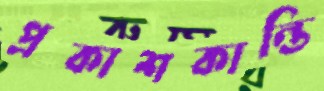
প্রকাশকান্তি